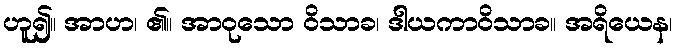
ဟူ၍။ အာဟ၊ ၏။ အာဝုသော ဝိသာခ၊ ဒါယကာဝိသာခ။ အရိယေန၊